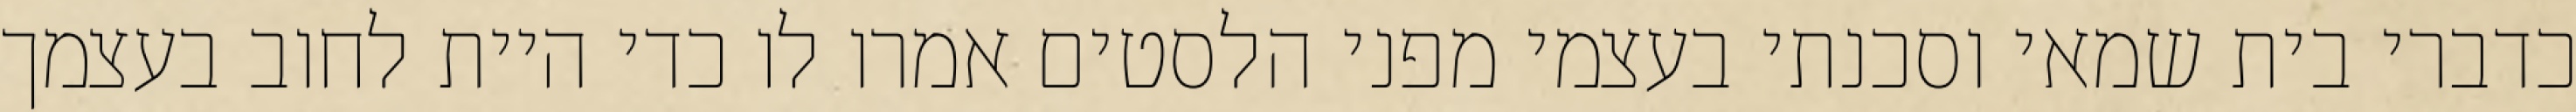
כדברי בית שמאי וסכנתי בעצמי מפני הלסטים אמרו לו כדי היית לחוב בעצמך